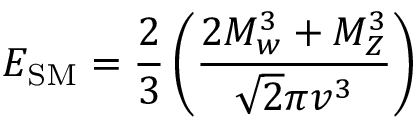
E _ { \mathrm { S M } } = \frac { 2 } { 3 } \left( \frac { 2 M _ { w } ^ { 3 } + M _ { Z } ^ { 3 } } { \sqrt { 2 } \pi v ^ { 3 } } \right)